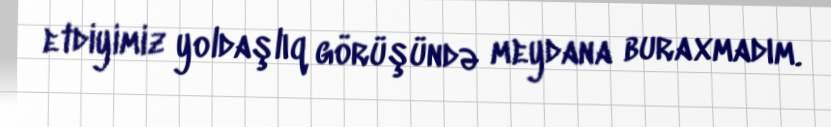
etdiyimiz yoldaşlıq görüşündə meydana buraxmadım.